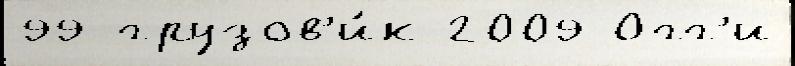
99 грузов'и́к 2009 Огг'и